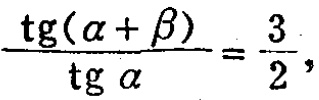
\(\frac{\operatorname{tg}(\alpha+\beta)}{\operatorname{tg}\alpha}=\frac{3}{2},\)